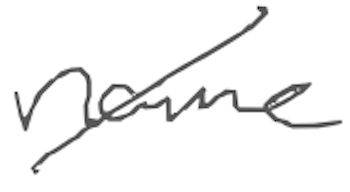
Text: name
Cross-out: diagonal
Writing tool: digital_gray